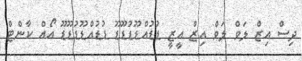
ދިސް އިޒް ލަވް ލަވް އިޒް އީޒީ ޑުޑުއްޑޫޑުޑޫޑޫ ޑުޑުއްޑޫޑުޑޫޑޫ އޯއް ކާންޓް